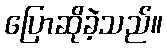
ပြောဆိုခဲ့သည်။